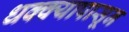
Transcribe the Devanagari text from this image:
धक्क्यापासून